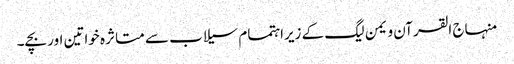
﻿ منہاج القرآن ویمن لیگ کے زیراہتمام سیلاب سے متا ثرہ خواتین اور بچے۔